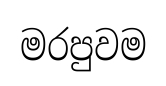
මරපුවම